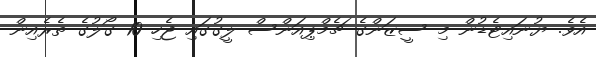
އެވެ. ޔުނައިޓެޑުން މި ސީޒަންގެ ޗެމްޕިއަންސް ލީގުގައި ޖެހި 10 ގޯލުގެ ތެރެއިން